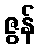
ဇွန်